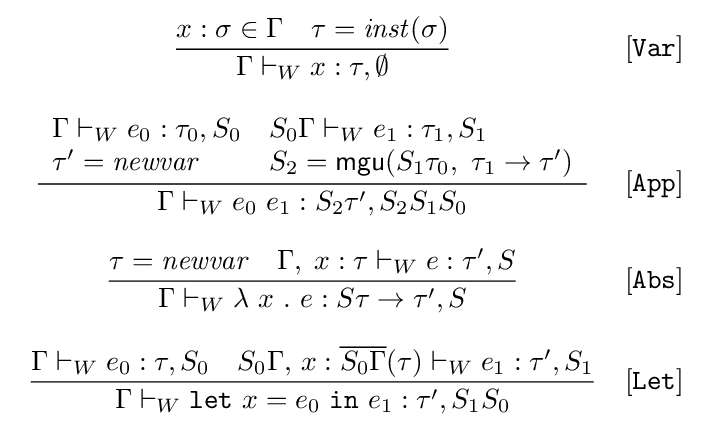
{\begin{array}{cl}\displaystyle {\frac {x:\sigma \in \Gamma \quad \tau ={\mathit {inst}}(\sigma )}{\Gamma \vdash _{W}x:\tau ,\emptyset }}&[{\mathtt {Var}}]\\\\\displaystyle {\frac {\begin{array}{ll}\Gamma \vdash _{W}e_{0}:\tau _{0},S_{0}&S_{0}\Gamma \vdash _{W}e_{1}:\tau _{1},S_{1}\\\tau '={\mathit {newvar}}&S_{2}={\mathsf {mgu}}(S_{1}\tau _{0},\ \tau _{1}\rightarrow \tau ')\end{array}}{\Gamma \vdash _{W}e_{0}\ e_{1}:S_{2}\tau ',S_{2}S_{1}S_{0}}}&[{\mathtt {App}}]\\\\\displaystyle {\frac {\tau ={\mathit {newvar}}\quad \Gamma ,\;x:\tau \vdash _{W}e:\tau ',S}{\Gamma \vdash _{W}\lambda \ x\ .\ e:S\tau \rightarrow \tau ',S}}&[{\mathtt {Abs}}]\\\\\displaystyle {\frac {\Gamma \vdash _{W}e_{0}:\tau ,S_{0}\quad S_{0}\Gamma ,\,x:{\overline {S_{0}\Gamma }}(\tau )\vdash _{W}e_{1}:\tau ',S_{1}}{\Gamma \vdash _{W}{\mathtt {let}}\ x=e_{0}\ {\mathtt {in}}\ e_{1}:\tau ',S_{1}S_{0}}}&[{\mathtt {Let}}]\end{array}}